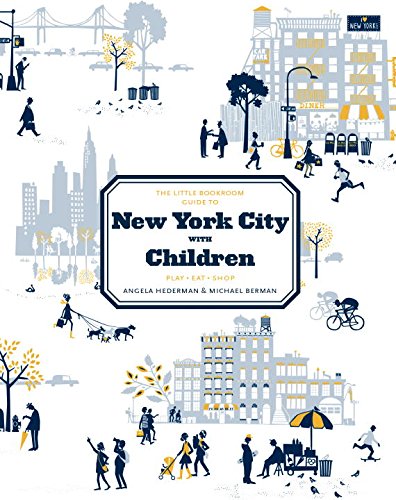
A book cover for The Little Bookroom Guide to New York City with Children; Angela Hederman; Travel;